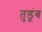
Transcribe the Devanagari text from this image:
तुडूंब